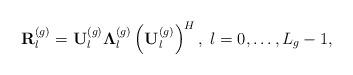
LaTeX: \begin{align*}\mathbf{R}_l^{(g)}=\mathbf{U}_l^{(g)}\boldsymbol{\Lambda}_l^{(g)}\left(\mathbf{U}_l^{(g)}\right)^H,\;l=0,\ldots,L_g-1, \end{align*}